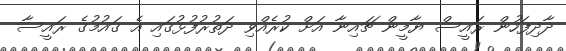
ދާދިފަހުން ރައީސް ޔާމީން ޗައިނާ އަށް ކުރެއްވި ދަތުރުފުޅުގައި އެ ގައުމުގެ ރައީސާ